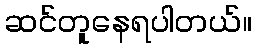
ဆင်တူနေရပါတယ်။